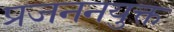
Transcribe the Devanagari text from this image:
प्रजननयुक्त